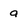
Character: g